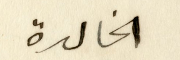
الخالدة